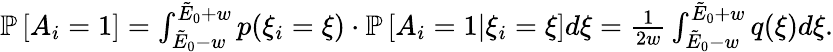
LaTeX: \begin{array}{r}{\mathbb{P}\left[A_{i}=1\right]=\int_{\tilde{E}_{0}-w}^{\tilde{E}_{0}+w}p(\xi_{i}=\xi)\cdot\mathbb{P}\left[A_{i}=1|\xi_{i}=\xi\right]d\xi=\frac{1}{2w}\int_{\tilde{E}_{0}-w}^{\tilde{E}_{0}+w}q(\xi)d\xi.}\end{array}